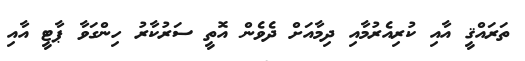
ތަރައްޤީ އާއި ކުރިއެރުމާއި ދިމާއަށް ދެވެން އޮތީ ސަރުކާރު ހިންގަވާ ޕާޓީ އާއި